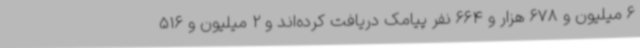
6 میلیون و 678 هزار و 664 نفر پیامک دریافت کرده‌اند و 2 میلیون و 516